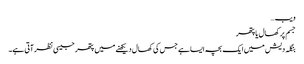
ویب…
جسم پر کھال یا پتھر
بنگلہ دیش میں ایک بچہ ایسا ہے جس کی کھال دیکھنے میں پتھر جیسی نظر آتی ہے۔